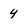
Character: 4